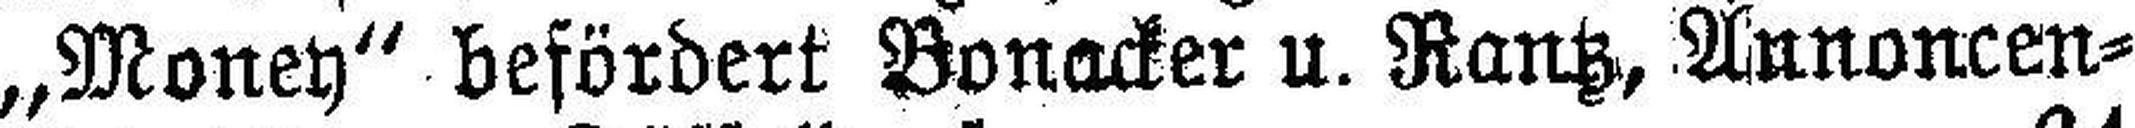
„Money“ befördert Bonacker u. Rantz, Annoncen¬